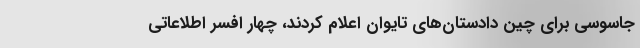
جاسوسی برای چین دادستان‌های تایوان اعلام کردند، چهار افسر اطلاعاتی